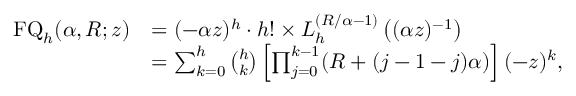
{ \begin{array} { r l } { \operatorname { F Q } _ { h } ( \alpha , R ; z ) } & { = ( - \alpha z ) ^ { h } \cdot h ! \times L _ { h } ^ { \left( R / \alpha - 1 \right) } \left( ( \alpha z ) ^ { - 1 } \right) } \\ & { = \sum _ { k = 0 } ^ { h } { \binom { h } { k } } \left[ \prod _ { j = 0 } ^ { k - 1 } ( R + ( j - 1 - j ) \alpha ) \right] ( - z ) ^ { k } , } \end{array} }